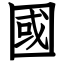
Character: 國